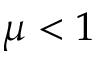
\mu < 1